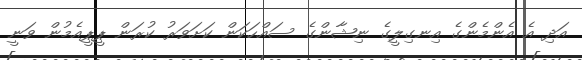
އަދި އެ އެންމެންގެ އިނގިލީގެ ނިޝާންގެ ސައްހަކަން ކަށަވަރު ކުރަން ޕީޕީއެމުން ވަނީ